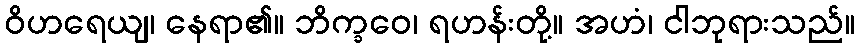
ဝိဟရေယျ၊ နေရာ၏။ ဘိက္ခဝေ၊ ရဟန်းတို့။ အဟံ၊ ငါဘုရားသည်။